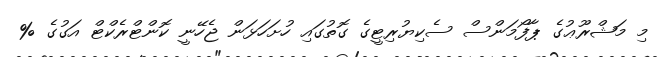
މި މަޝްރޫޢުގެ ޕާފޯމަންސް ސެކިޔުރިޓީގެ ގޮތުގައި ހުށަހަޅަން ޖެހޭނީ ކޮންޓްރެކްޓް އަގުގެ %